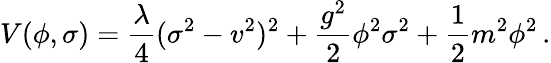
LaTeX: V(\phi,\sigma)={\frac{\lambda}{4}}(\sigma^{2}-v^{2})^{2}+{\frac{g^{2}}{2}}\phi^{2}\sigma^{2}+{\frac{1}{2}}m^{2}\phi^{2}\, .